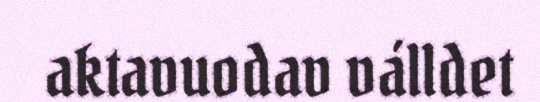
aktavuodav válldet